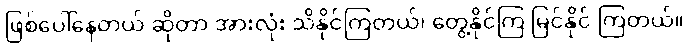
ဖြစ်ပေါ်နေတယ် ဆိုတာ အားလုံး သိနိုင်ကြတယ်၊ တွေ့နိုင်ကြ မြင်နိုင် ကြတယ်။